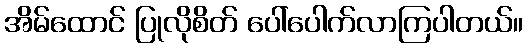
အိမ်ထောင် ပြုလိုစိတ် ပေါ်ပေါက်လာကြပါတယ်။